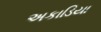
અકાડિયા